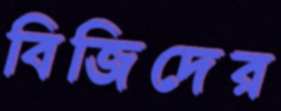
বিজিদের